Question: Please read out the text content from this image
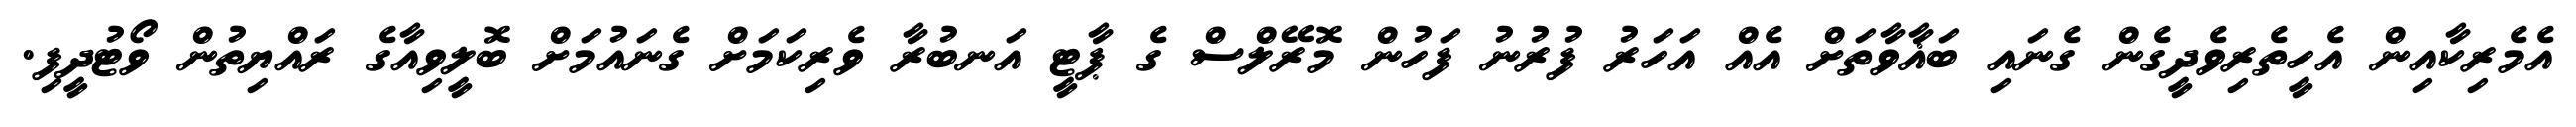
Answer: އެމެރިކާއިން އެހީތެރިވެދީގެން ގެނައި ބަޣާވާތަށް އެއް އަހަރު ފުރުނު ފަހުން މޮރޭލްސް ގެ ޕާޓީ އަނބުރާ ވެރިކަމަށް ގެނައުމަށް ބޮލީވިއާގެ ރައްޔިތުން ވޯޓުދީފި.